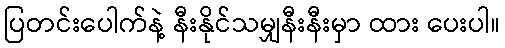
ပြတင်းပေါက်နဲ့ နီးနိုင်သမျှနီးနီးမှာ ထား ပေးပါ။